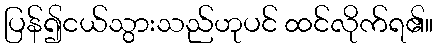
ပြန်၍ငယ်သွားသည်ဟုပင် ထင်လိုက်ရ၏။